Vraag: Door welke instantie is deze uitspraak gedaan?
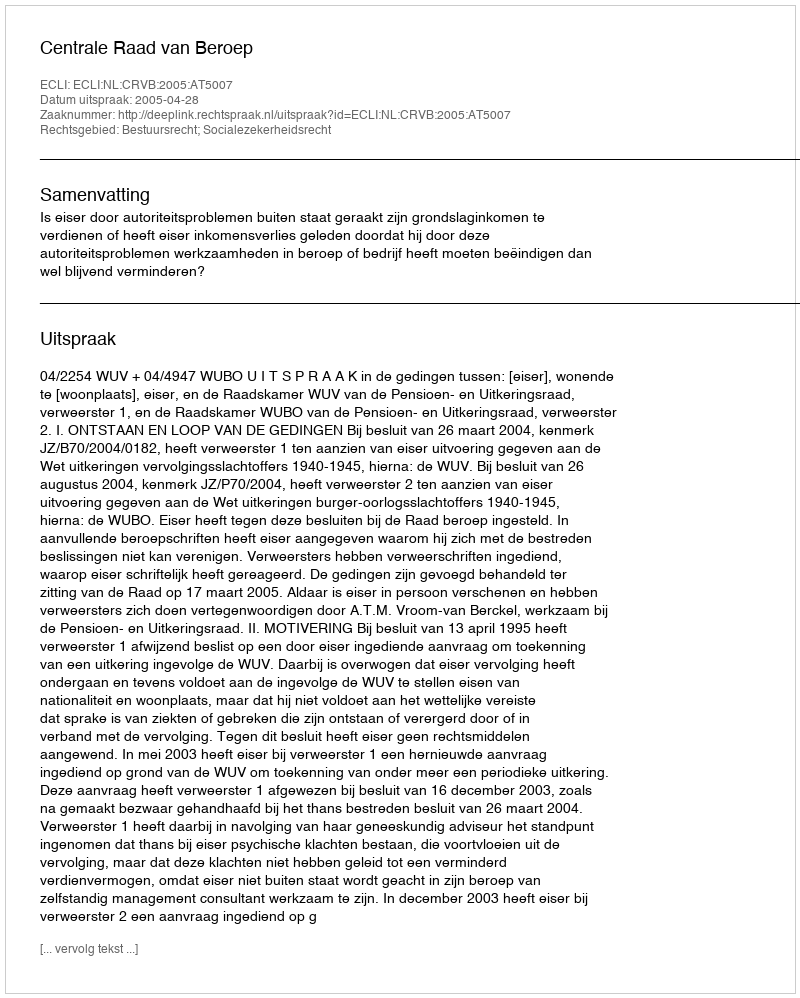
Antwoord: Centrale Raad van Beroep